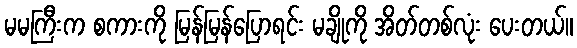
မမကြီးက စကားကို မြန်မြန်ပြောရင်း မချိုကို အိတ်တစ်လုံး ပေးတယ်။